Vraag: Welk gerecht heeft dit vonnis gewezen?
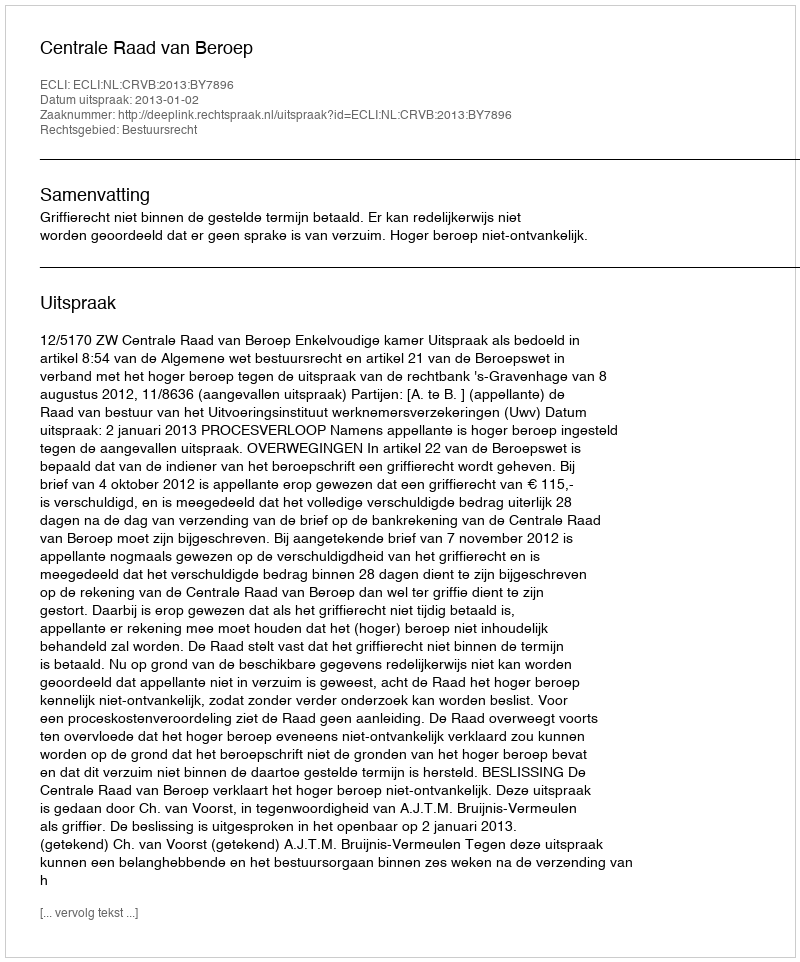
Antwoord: Centrale Raad van Beroep